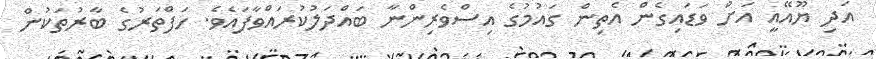
އަދި ޔޫއޭއީ އަށް ވަޑައިގެން އެތިން ގައުމުގެ އިސްވެރިންނާ ބައްދަލުކުރައްވާފައެވެ. ހަފްތަރުގެ ބާރުތަކުން